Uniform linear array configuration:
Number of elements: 4
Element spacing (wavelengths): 0.75
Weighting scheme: blackman
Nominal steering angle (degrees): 15
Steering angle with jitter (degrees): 16.873
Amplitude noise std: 0.05
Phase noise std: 0.05

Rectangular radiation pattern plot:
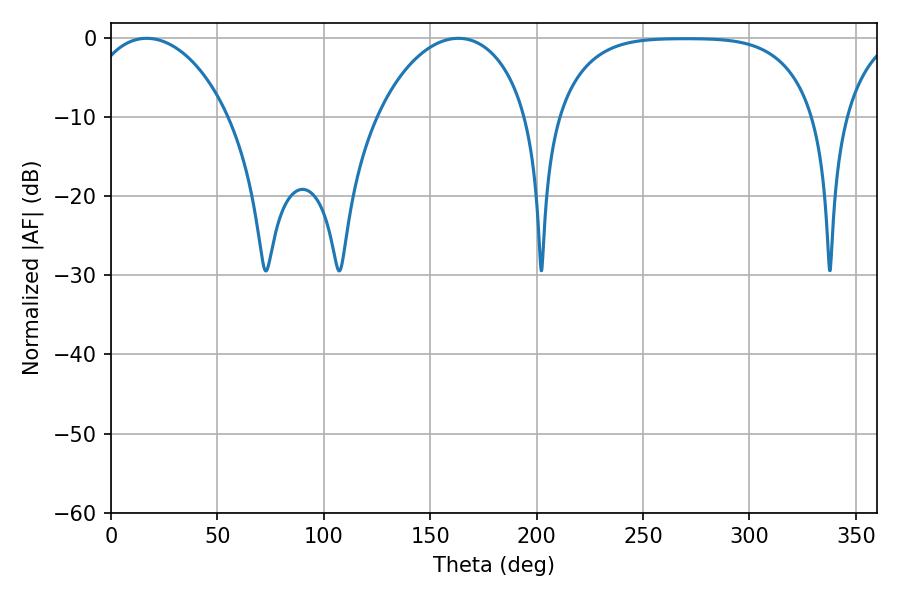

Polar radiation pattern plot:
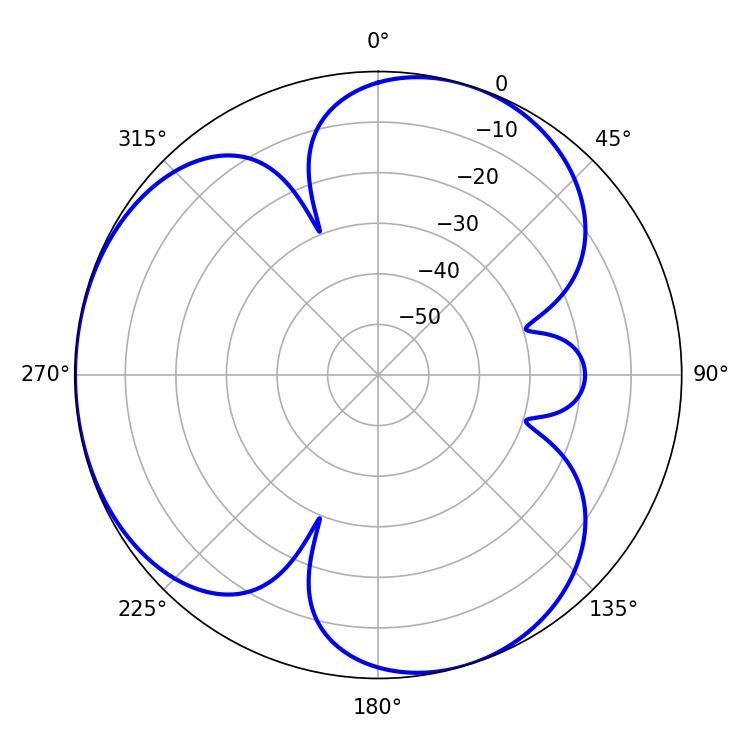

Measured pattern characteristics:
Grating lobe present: TRUE
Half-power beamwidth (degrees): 38.34
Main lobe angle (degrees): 16.74